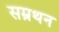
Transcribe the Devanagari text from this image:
सम्रथन